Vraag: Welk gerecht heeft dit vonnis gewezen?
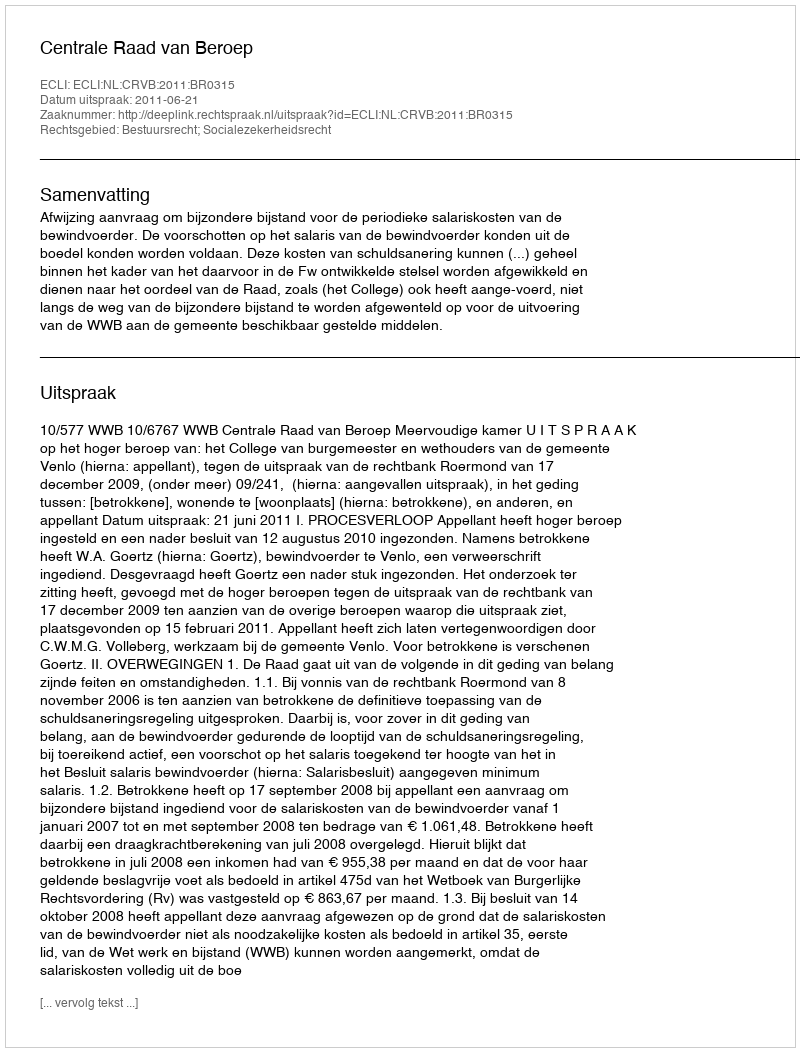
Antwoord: Centrale Raad van Beroep